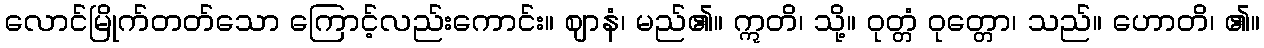
လောင်မြိုက်တတ်သော ကြောင့်လည်းကောင်း။ ဈာနံ၊ မည်၏။ ဣတိ၊ သို့။ ဝုတ္တံ ဝုတ္တော၊ သည်။ ဟောတိ၊ ၏။